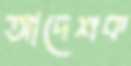
আদেশক